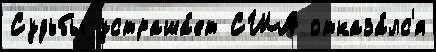
Судьбы устраша́ет США отказа́лс'я